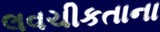
લવચીકતાના